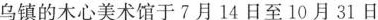
乌镇的木心美术馆于7月14日至10月31日